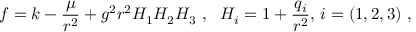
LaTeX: f = k - { \frac { \mu } { r ^ { 2 } } } + g ^ { 2 } r ^ { 2 } H _ { 1 } H _ { 2 } H _ { 3 } \ , \ \ H _ { i } = 1 + { \frac { q _ { i } } { r ^ { 2 } } } , \, i = ( 1 , 2 , 3 ) \ ,